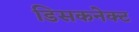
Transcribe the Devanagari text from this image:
डिसकनेक्ट